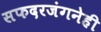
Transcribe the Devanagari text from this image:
सफदरजंगनेही